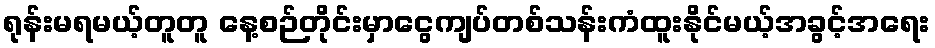
ရုန်းမရမယ့်တူတူ နေ့စဉ်တိုင်းမှာငွေကျပ်တစ်သန်းကံထူးနိုင်မယ့်အခွင့်အရေး